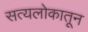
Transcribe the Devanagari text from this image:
सत्यलोकातून